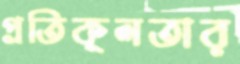
প্রতিকূলতার